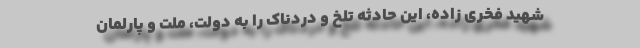
شهید فخری زاده، این حادثه تلخ و دردناک را به دولت، ملت و پارلمان